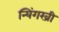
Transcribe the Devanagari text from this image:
न्यिंगख्री